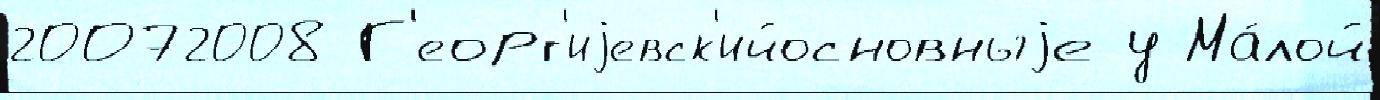
20072008 Г'еорг'иjевск'ийосновныjе у Ма́лой